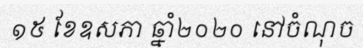
១៥ ខែឧសភា ឆ្នាំ២០២០ នៅចំណុច